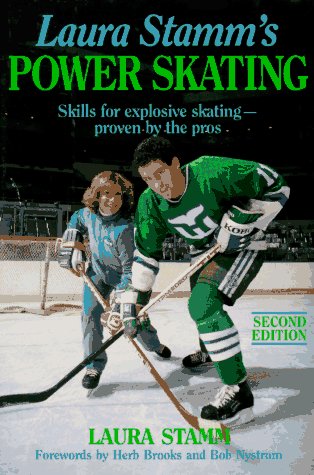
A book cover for Laura Stamm's Power Skating; Laura Stamm; Sports & Outdoors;